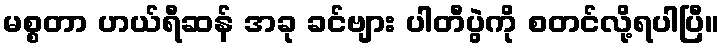
မစ္စတာ ဟယ်ရီဆန် အခု ခင်ဗျား ပါတီပွဲကို စတင်လို့ရပါပြီ။